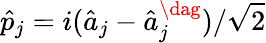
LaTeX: \hat{p}_{j}=i(\hat{a}_{j}-\hat{a}_{j}^{\dag})/\sqrt{2}